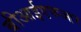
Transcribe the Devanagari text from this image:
बीआईएफआर